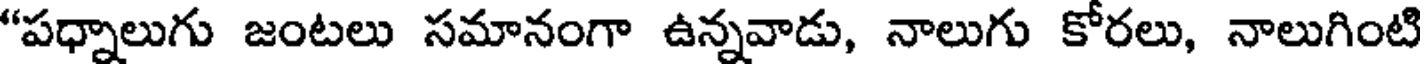
"పధ్నాలుగు జంటలు సమానంగా ఉన్నవాడు, నాలుగు కోరలు, నాలుగింటి